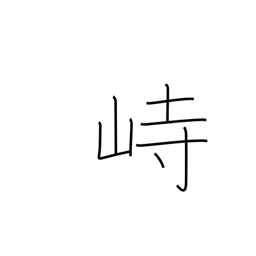
Meaning: tower